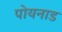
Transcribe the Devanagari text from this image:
पोयनाड